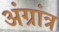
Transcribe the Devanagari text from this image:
अंग्रांत्र